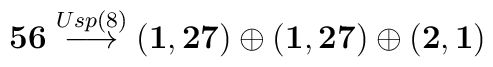
{\bf 56}\stackrel{Usp(8)}{\longrightarrow}({\bf 1,27})\oplus({\bf 1,27})\oplus({\bf 2,1})